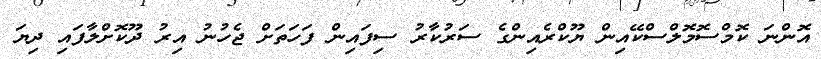
އޮންނަ ކޮމްސޮމޮލްސްކޭއިން ޔޫކްރެއިންގެ ސަރުކާރު ސިފައިން ފަހަތަށް ޖެހުނު އިރު ދޫކޮށްލާފައި ދިޔަ